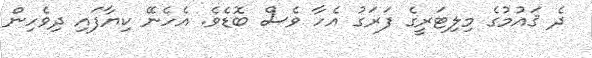
ދެ ޤައުމުގެ މިލިޓަރީގެ ފަރަގު އެހާ ވެސް ބޮޑެވެ. އެހެނޭ ކިޔާފައި ދިވެހިން